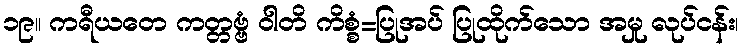
၁၉။ ကရီယတေ ကတ္တဗ္ဗံ ဝါတိ ကိစ္စံ=ပြုအပ် ပြုထိုက်သော အမှု လုပ်ငန်း၊